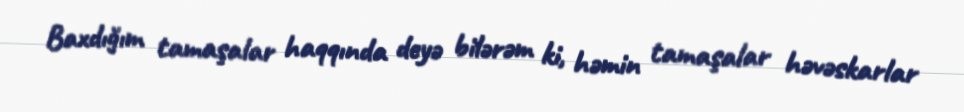
Baxdığım tamaşalar haqqında deyə bilərəm ki, həmin tamaşalar həvəskarlar